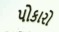
પોકારો